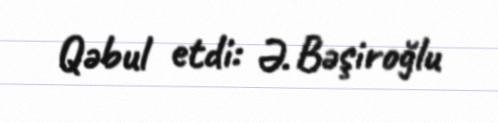
Qəbul etdi: Ə. Bəşiroğlu